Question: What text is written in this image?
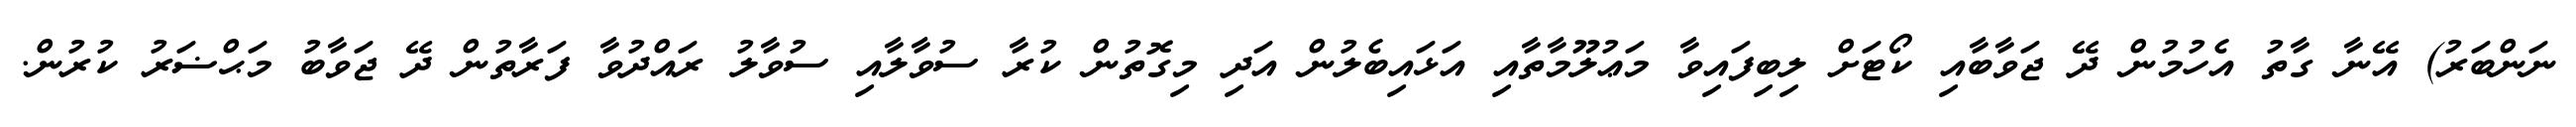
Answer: ނަންބަރު) އޭނާ ގާތު އެހުމުން ދޭ ޖަވާބާއި ކޯޓަށް ލިބިފައިވާ މަޢުލޫމާތާއި އަޅައިބެލުން އަދި މިގޮތުން ކުރާ ސުވާލާއި ސުވާލު ރައްދުވާ ފަރާތުން ދޭ ޖަވާބު މަޙްޟަރު ކުރުން.